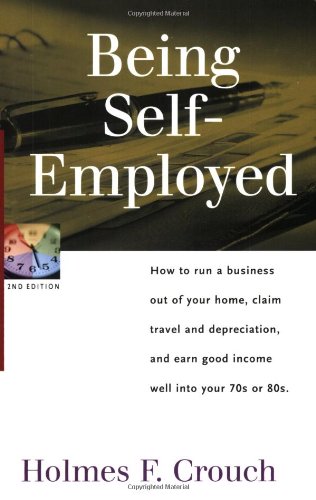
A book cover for Being Self-Employed: How to Run a Business Out of Your Home, Claim Travel and Depreciation, and Earn a Good Income Well into Your 70s or 80s (Series 100: Individuals & Families); Holmes F. Crouch; Law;